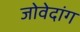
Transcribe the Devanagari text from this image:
जोवेदांग